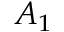
A _ { 1 }